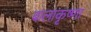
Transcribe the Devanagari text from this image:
बालाकृष्णा